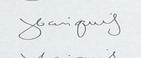
Signature authenticity: genuine